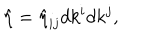
{ \hat { \eta } } = { \hat { \eta } } _ { i j } d k ^ { i } d k ^ { j } ,